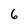
Character: 6